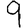
Digit: 9